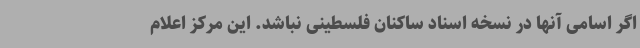
اگر اسامی آنها در نسخه اسناد ساکنان فلسطینی نباشد. این مرکز اعلام